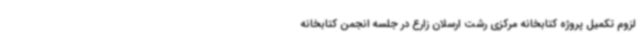
لزوم تکمیل پروژه کتابخانه مرکزی رشت ارسلان زارع در جلسه انجمن کتابخانه